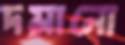
দমানো